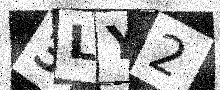
Text: 3LY2